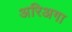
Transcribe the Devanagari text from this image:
अरिअगा